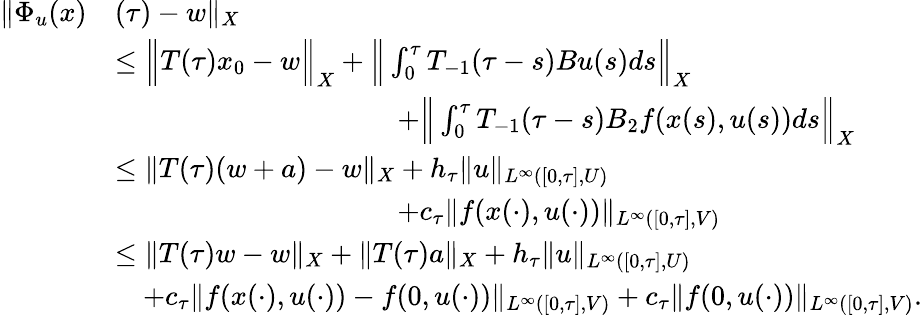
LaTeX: \begin{array}{rl}{\| \Phi_{u}(x)}&{(\tau)-w\| _{X}}\\ &{\leq\Big\| T(\tau)x_{0}-w\Big\| _{X}+\Big\| \int_{0}^{\tau}T_{-1}(\tau-s)Bu(s)ds\Big\| _{X}}\\ &{\qquad\qquad\qquad\qquad\qquad+\Big\| \int_{0}^{\tau}T_{-1}(\tau-s)B_{2}f(x(s),u(s))ds\Big\| _{X}}\\ &{\leq\| T(\tau)(w+a)-w\| _{X}+h_{\tau}\| u\| _{L^{\infty}([0,\tau],U)}}\\ &{\qquad\qquad\qquad\qquad\qquad+c_{\tau}\| f(x(\cdot),u(\cdot))\| _{L^{\infty}([0,\tau],V)}}\\ &{\leq\| T(\tau)w-w\| _{X}+\| T(\tau)a\| _{X}+h_{\tau}\| u\| _{L^{\infty}([0,\tau],U)}}\\ &{\quad+c_{\tau}\| f(x(\cdot),u(\cdot))-f(0,u(\cdot))\| _{L^{\infty}([0,\tau],V)}+c_{\tau}\| f(0,u(\cdot))\| _{L^{\infty}([0,\tau],V)}.}\end{array}